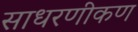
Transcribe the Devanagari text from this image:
साधरणीकण